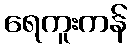
ရေကူးကန်